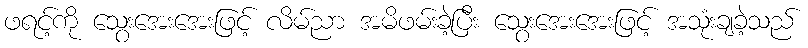
ဖရင့်ကို သွေးအေးအေးဖြင့် လိမ်ညာ အမိဖမ်းခဲ့ပြီး သွေးအေးအေးဖြင့် အသုံးချခဲ့သည်